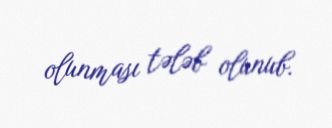
olunması tələb olunub.